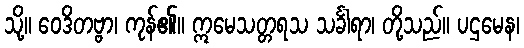
သို့။ ဝေဒိတဗ္ဗာ၊ ကုန်၏။ ဣမေသတ္တရသ သင်္ခါရာ၊ တို့သည်။ ပဌမေန၊